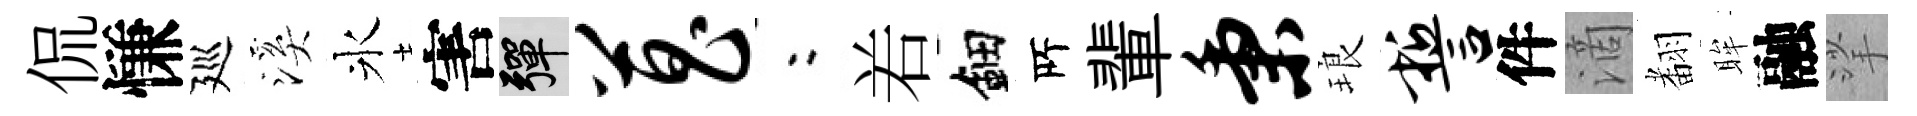
侃慊廵溪氷害彈菖欸𠰥鈿𠩄輩秉琅誓件滴𮋒眸融挲